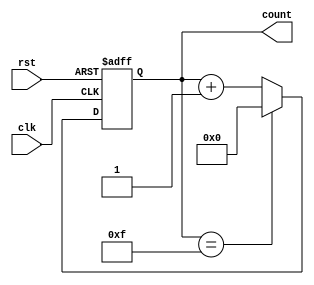
module up_counter_moore (
    input wire clk,          // Clock signal
    input wire rst,          // Asynchronous reset signal
    output reg [3:0] count   // 4-bit output count
);

// State transition logic
always @(posedge clk or posedge rst) begin
    if (rst) begin
        count <= 4'b0000;   // Reset state to 0
    end else begin
        count <= (count == 4'b1111) ? 4'b0000 : count + 1; // Increment or wrap around
    end
end

endmodule